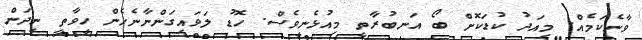
ވާނެކަމެއް. މިއަދު ކުޑަކޮށް ބޯ އަނބުރާތީ މިއުޅެނީވެސް. ހޮޑު ލަވައިގަންނާނެހެން ހީވާތީ ނިދަން